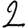
Digit: 2